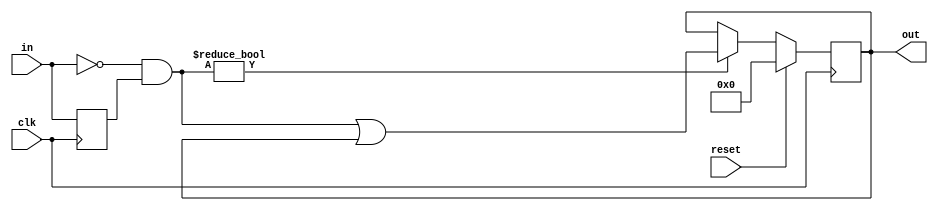
module top_module (
    input clk,
    input reset,
    input [31:0] in,
    output [31:0] out
);

    reg [31:0] in_dly;

    always @(posedge clk) begin
        in_dly <= in;
    end

    always @(posedge clk) begin
        if(reset) out <= 32'd0;
        else if(~in & in_dly) out <= ~in & in_dly | out;
    end

endmodule